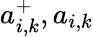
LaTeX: a_{i,k}^{+},a_{i,k}